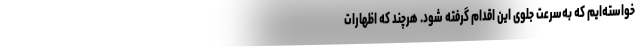
خواسته‌ایم که به‌سرعت جلوی این اقدام گرفته شود. هرچند که اظهارات